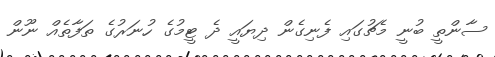
ސާންތީ ބުނީ މެޗުގައި ފެނިގެން ދިޔައީ ދެ ޓީމުގެ ހުނަރުގެ ތަފާތެއް ނޫން